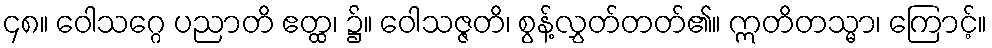
၄၈။ ဝေါသဂ္ဂေ ပညာတိ ဧတ္ထ၊ ၌။ ဝေါသဇ္ဇတိ၊ စွန့်လွှတ်တတ်၏။ ဣတိတသ္မာ၊ ကြောင့်။